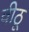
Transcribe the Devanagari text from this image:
वीठू